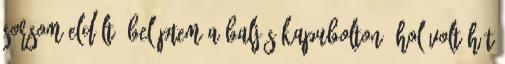
Sorsom eldőlt. Beléptem a baljós kapubolton. Hol volt hát